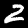
Label: 2